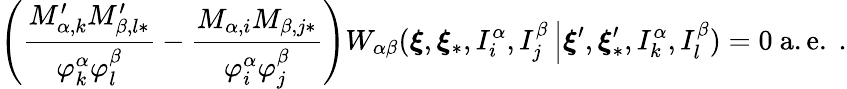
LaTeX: \left(\frac{M_{\alpha,k}^{\prime}M_{\beta,l\ast}^{\prime}}{\varphi_{k}^{\alpha}\varphi_{l}^{\beta}}-\frac{M_{\alpha,i}M_{\beta,j\ast}}{\varphi_{i}^{\alpha}\varphi_{j}^{\beta}}\right)W_{\alpha\beta}(\boldsymbol{\xi},\boldsymbol{\xi}_{\ast},I_{i}^{\alpha},I_{j}^{\beta}\left\vert\boldsymbol{\xi}^{\prime},\boldsymbol{\xi}_{\ast}^{\prime},I_{k}^{\alpha},I_{l}^{\beta}\right.)=0\mathrm{~a.e.~}.